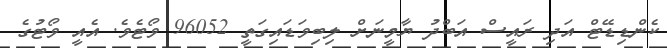
ކެންޑިޑޭޓް އަދި ރައީސް އަބްދު ޔާމީނަށް ލިބިވަޑައިގަތީ 96052 ވޯޓެވެ. އެއީ ވޯޓުގެ